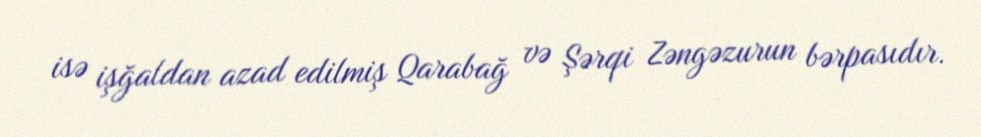
isə işğaldan azad edilmiş Qarabağ və Şərqi Zəngəzurun bərpasıdır.